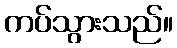
ကပ်သွားသည်။